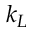
k _ { L }